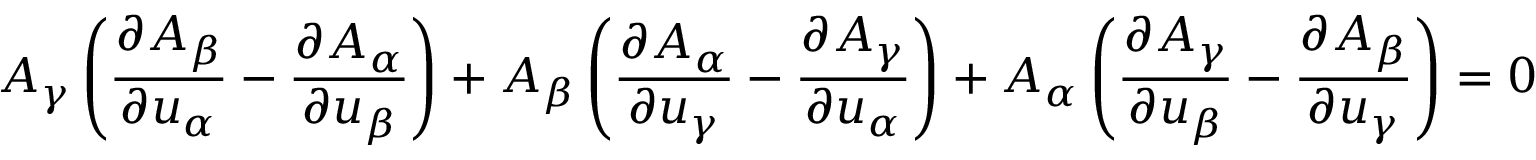
A _ { \gamma } \left( { \frac { \partial A _ { \beta } } { \partial u _ { \alpha } } } - { \frac { \partial A _ { \alpha } } { \partial u _ { \beta } } } \right) + A _ { \beta } \left( { \frac { \partial A _ { \alpha } } { \partial u _ { \gamma } } } - { \frac { \partial A _ { \gamma } } { \partial u _ { \alpha } } } \right) + A _ { \alpha } \left( { \frac { \partial A _ { \gamma } } { \partial u _ { \beta } } } - { \frac { \partial A _ { \beta } } { \partial u _ { \gamma } } } \right) = 0